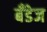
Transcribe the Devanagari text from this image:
बँडेज